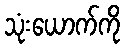
သုံးယောက်ကို